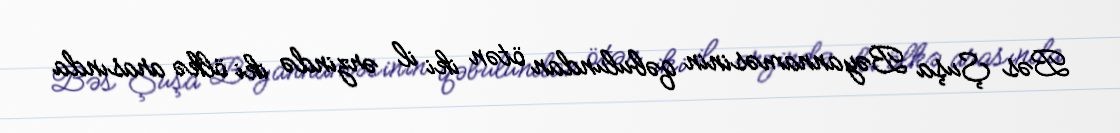
Bəs Şuşa Bəyannaməsinin qəbulundan ötən iki il ərzində iki ölkə arasında